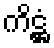
ကိဋ္ဌံ